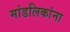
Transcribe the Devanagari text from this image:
मांडलिकांना